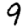
Digit: 9